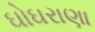
ઘોઘરાણા